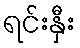
ရင်းနှီး